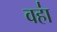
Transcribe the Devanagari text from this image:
वहा॑